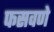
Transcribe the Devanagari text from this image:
फसवणे